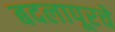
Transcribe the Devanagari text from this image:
बदलापूरचे